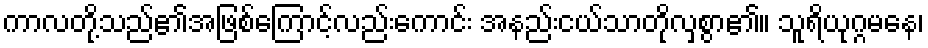
ကာလတို့သည်၏အဖြစ်ကြောင့်လည်းကောင်း အနည်းငယ်သာတိုလှစွာ၏။ သူရိယုဂ္ဂမနေ၊